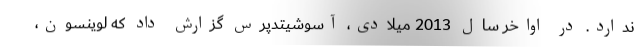
ندارد. در اواخر سال 2013 میلادی، آسوشیتدپرس گزارش داد که لوینسون،